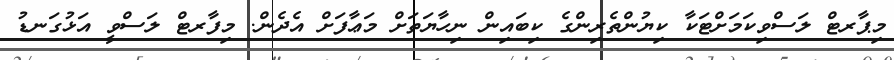
މިޕާރޓް ލަސްވިކަމަށްޓަކާ ކިޔުންތެރިންގެ ކިބައިން ނިހާޔަތަށް މަޢާފަށް އެދެން. މިފާރޓް ލަސްވީ އަޅުގަނޑު